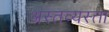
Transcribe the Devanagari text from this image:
अस्तव्यस्ता